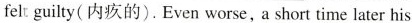
felt guilty(内疚的). Even worse, a short time later his